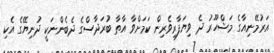
އަރުމޭނިއާގެ މަޝްހޫރު ދެ ވިޔަފާރިވެރިން ކަމަށްވާ އާތާ ބުރަދާސްގެ ދެބެންނަކީ ދުނިޔޭގެ އެކި